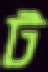
ট